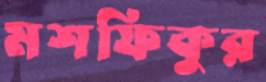
মশফিকুর